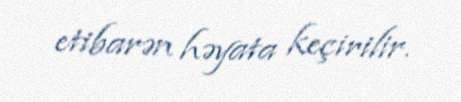
etibarən həyata keçirilir.